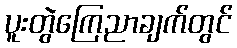
ပူးတွဲကြေညာချက်တွင်